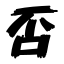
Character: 否